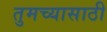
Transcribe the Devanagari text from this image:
तुमच्यासाठी